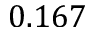
0 . 1 6 7